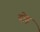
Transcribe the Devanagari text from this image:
दोड़